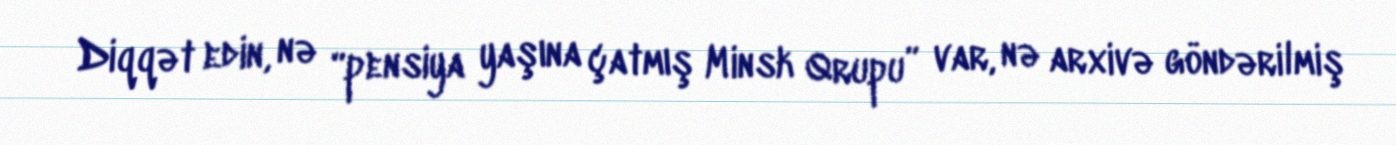
Diqqət edin, nə “pensiya yaşına çatmış Minsk Qrupu” var, nə arxivə göndərilmiş